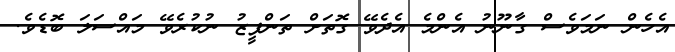
އެހެން ނަމަވެސް ގާނޫނު އެންމެ އެދެވޭ ގޮތަށް ތަންފީޒު ނުކުރެވޭ މައްސަލަ ބޮޑެވެ.